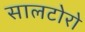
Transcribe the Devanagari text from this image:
सालटोरो